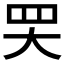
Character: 𦉼